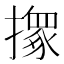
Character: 𢶢